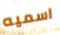
اسميه